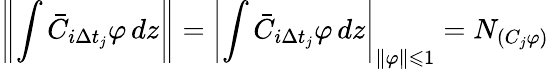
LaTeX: \left\| \int\bar{C}_{i\Delta t_{j}}\varphi\mathop{}\! {d{z}}\right\| =\left|\int\bar{C}_{i\Delta t_{j}}\varphi\mathop{}\! {d{z}}\right|_{\| \varphi\| \leqslant 1}=N_{(C_{j}\varphi)}